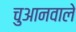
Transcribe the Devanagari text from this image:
चुआनवाले